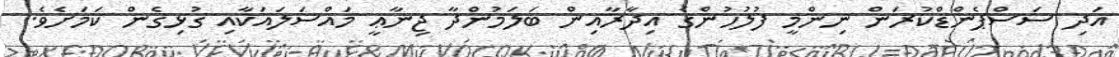
އަދި ސަސްޕެންޑްކުރަން ނިންމީ ފުލުހުންގެ އިދާރާއިން ބަލަމުންދާ ޖިނާޢީ މައްސަލައަކާއި ގުޅިގެން ކަމަށެވެ.